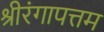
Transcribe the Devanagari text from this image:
श्रीरंगापत्तम